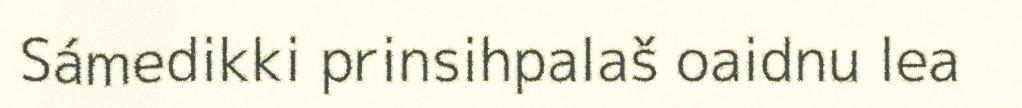
Sámedikki prinsihpalaš oaidnu lea